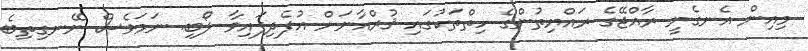
މިއިން އެނގެނީ ރާއްޖޭގެ ރައްޔިތުންގެ ހިތްތަކުގައި ޤުރްއާނަށް އުފެދިފައިވާ ލޯބި. ނަމަވެސް ނޭނގިތިބެ